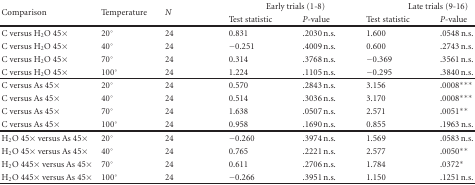
<table><thead><tr><td rowspan="2"><b>Comparison</b></td><td rowspan="2"><b>Temperature</b></td><td rowspan="2"><b><i>N</i></b></td><td colspan="2"><b>Early trials (1-8)</b></td><td colspan="2"><b>Late trials (9-16)</b></td></tr><tr><td><b>Test statistic</b></td><td><b><i>P</i>-value</b></td><td><b>Test statistic</b></td><td><b><i>P</i>-value </b></td></tr></thead><tbody><tr><td> C versus H<sub>2</sub>O 45×</td><td>20°</td><td>24</td><td>0.831</td><td>.2030 n.s.</td><td>1.600</td><td>.0548 n.s.</td></tr><tr><td>C versus H<sub>2</sub>O 45×</td><td>40°</td><td>24</td><td>−0.251</td><td>.4009 n.s.</td><td>0.600</td><td>.2743 n.s.</td></tr><tr><td>C versus H<sub>2</sub>O 45×</td><td>70°</td><td>24</td><td>0.314</td><td>.3768 n.s.</td><td>−0.369</td><td>.3561 n.s.</td></tr><tr><td>C versus H<sub>2</sub>O 45×</td><td>100°</td><td>24</td><td>1.224</td><td>.1105 n.s.</td><td>−0.295</td><td>.3840 n.s. </td></tr><tr><td>C versus As 45×</td><td>20°</td><td>24</td><td>0.570</td><td>.2843 n.s.</td><td>3.156</td><td>.0008***</td></tr><tr><td>C versus As 45×</td><td>40°</td><td>24</td><td>0.514</td><td>.3036 n.s.</td><td>3.170</td><td>.0008***</td></tr><tr><td>C versus As 45×</td><td>70°</td><td>24</td><td>1.638</td><td>.0507 n.s.</td><td>2.571</td><td>.0051**</td></tr><tr><td>C versus As 45×</td><td>100°</td><td>24</td><td>0.958</td><td>.1690 n.s.</td><td>0.855</td><td>.1963 n.s. </td></tr><tr><td>H<sub>2</sub>O 45× versus As 45×</td><td>20°</td><td>24</td><td>−0.260</td><td>.3974 n.s.</td><td>1.569</td><td>.0583 n.s.</td></tr><tr><td>H<sub>2</sub>O 45× versus As 45×</td><td>40°</td><td>24</td><td>0.765</td><td>.2221 n.s.</td><td>2.577</td><td>.0050**</td></tr><tr><td>H<sub>2</sub>O 445× versus As 45×</td><td>70°</td><td>24</td><td>0.611</td><td>.2706 n.s.</td><td>1.784</td><td>.0372*</td></tr><tr><td>H<sub>2</sub>O 445× versus As 45×</td><td>100°</td><td>24</td><td>−0.266</td><td>.3951 n.s.</td><td>1.150</td><td>.1251 n.s.</td></tr></tbody></table>